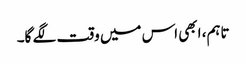
تاہم، ابھی اس میں وقت لگے گا۔